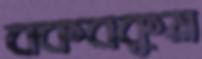
বকবকুম